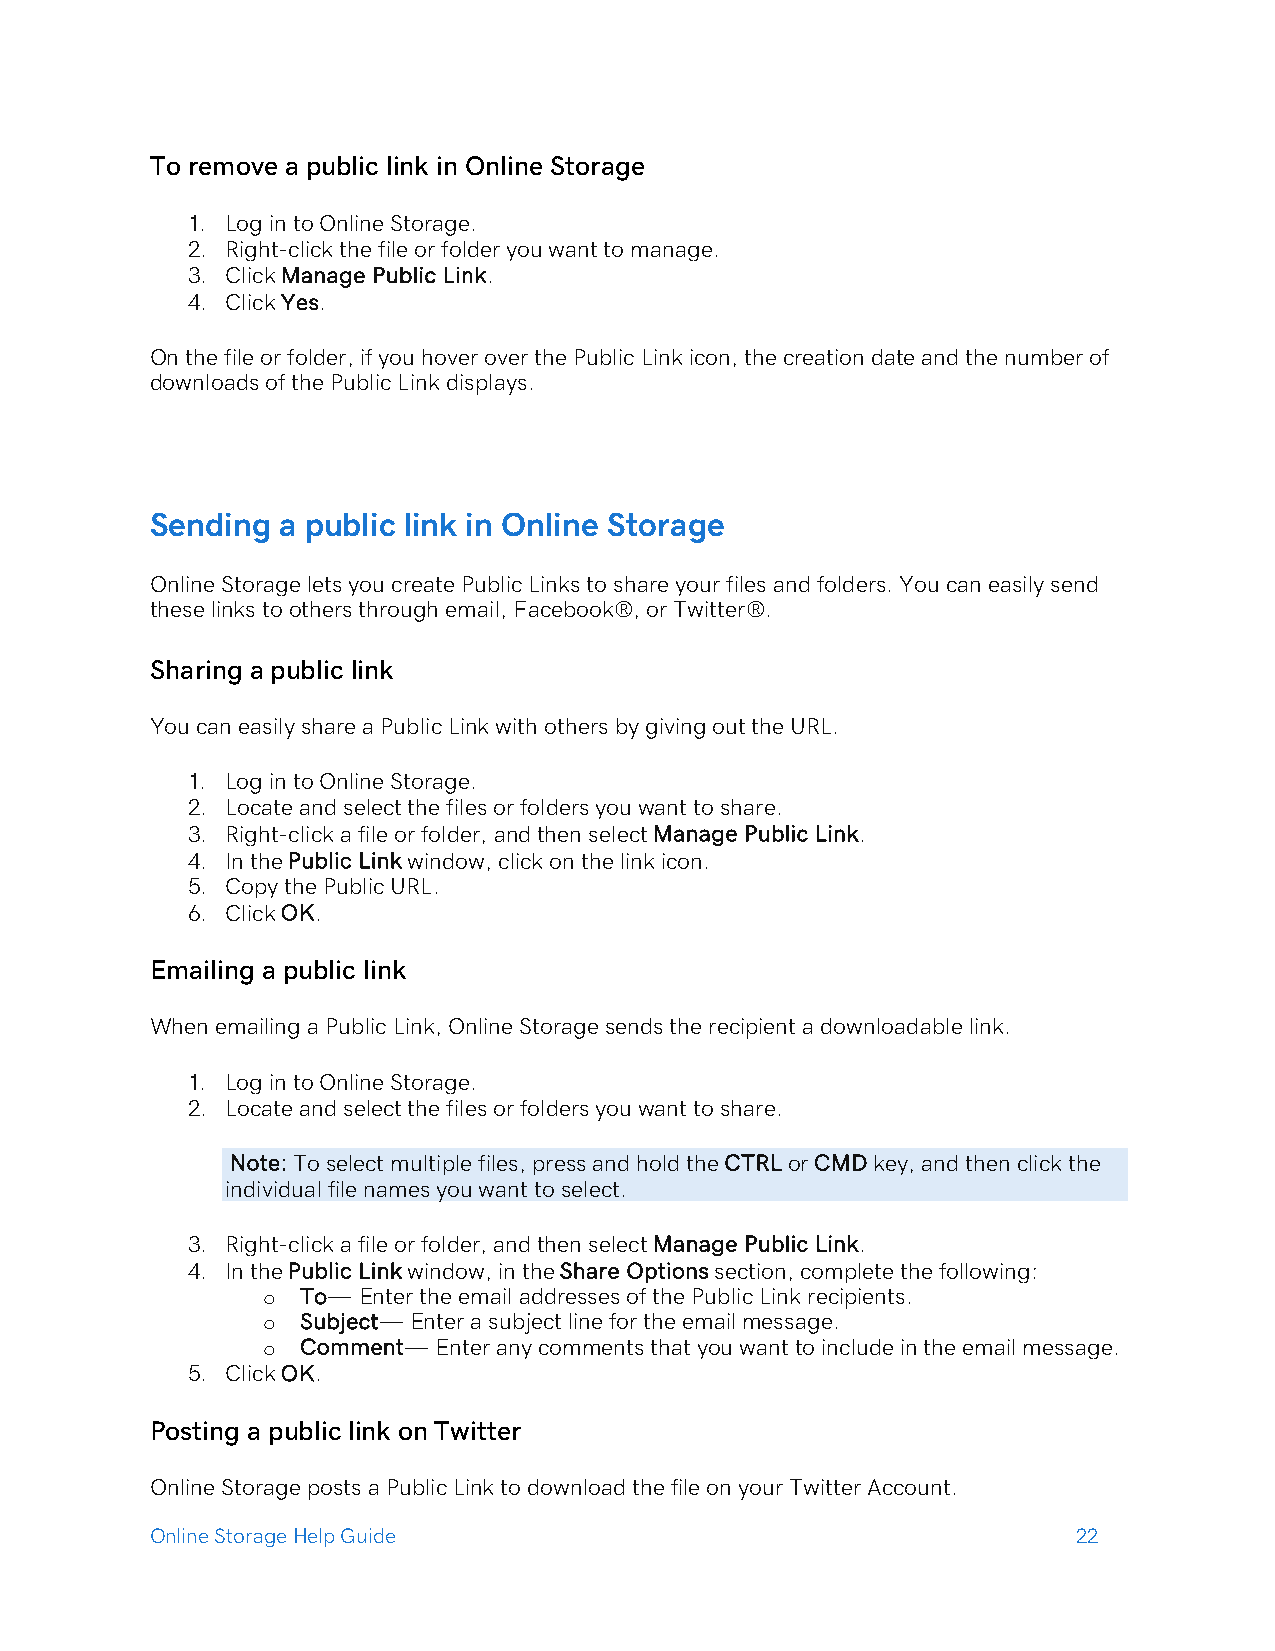
To remove a public link in Online Storage
 1. Log in to Online Storage.
 2. Right-click the file or folder you want to manage.
 3. Click Manage Public Link.
 4. Click Yes.
 On the file or folder, if you hover over the Public Link icon, the creation date and the number of
 downloads of the Public Link displays.
 Sending a public link in Online Storage
 Online Storage lets you create Public Links to share your files and folders. You can easily send
 these links to others through email, Facebook®, or Twitter®.
 Sharing a public link
 You can easily share a Public Link with others by giving out the URL.
 1. Log in to Online Storage.
 2. Locate and select the files or folders you want to share.
 3. Right-click a file or folder, and then select Manage Public Link.
 4. In the Public Link window, click on the link icon.
 5. Copy the Public URL.
 6. Click OK.
 Emailing a public link
 When emailing a Public Link, Online Storage sends the recipient a downloadable link.
 1. Log in to Online Storage.
 2. Locate and select the files or folders you want to share.
 Note: To select multiple files, press and hold the CTRL or CMD key, and then click the
 individual file names you want to select.
 3. Right-click a file or folder, and then select Manage Public Link.
 4. In the Public Link window, in the Share Options section, complete the following:
 o  To— Enter the email addresses of the Public Link recipients.
 o  Subject— Enter a subject line for the email message.
 o  Comment— Enter any comments that you want to include in the email message.
 5. Click OK.
 Posting a public link on Twitter
 Online Storage posts a Public Link to download the file on your Twitter Account.
 Online Storage Help Guide                                    22